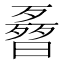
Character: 𣍌